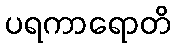
ပရကာရောတိ